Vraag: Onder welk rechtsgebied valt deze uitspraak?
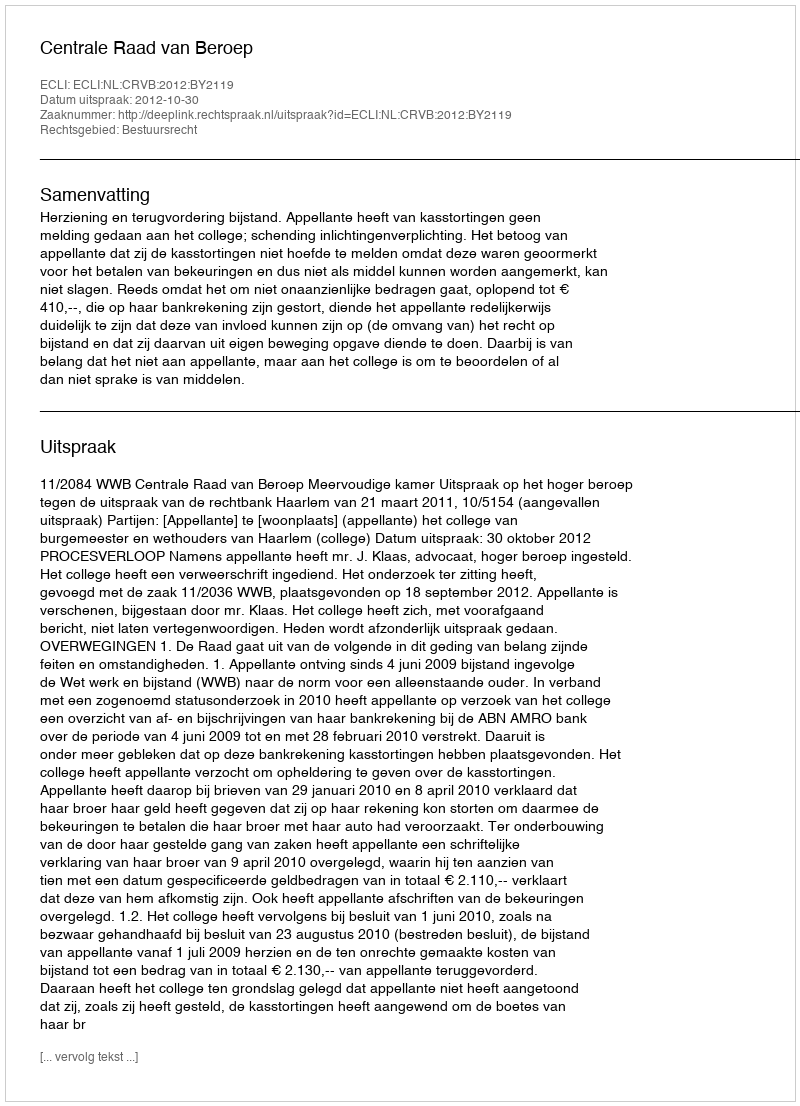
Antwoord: Bestuursrecht